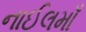
નાઈલમાઁ